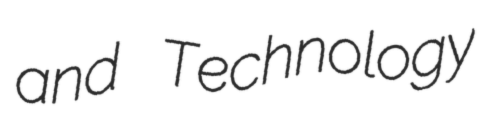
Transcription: and Technology